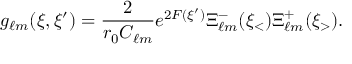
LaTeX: g _ { \ell m } ( \xi , \xi ^ { \prime } ) = { \frac { 2 } { r _ { 0 } C _ { \ell m } } } e ^ { 2 F ( \xi ^ { \prime } ) } \Xi _ { \ell m } ^ { - } ( \xi _ { < } ) \Xi _ { \ell m } ^ { + } ( \xi _ { > } ) .